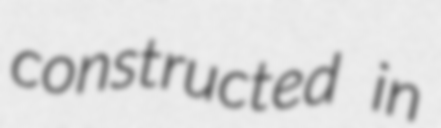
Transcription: constructed in